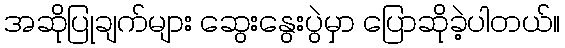
အဆိုပြုချက်များ ဆွေးနွေးပွဲမှာ ပြောဆိုခဲ့ပါတယ်။